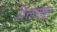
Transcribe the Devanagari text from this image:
पित्तामधून